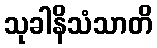
သုခါနိသံသာတိ